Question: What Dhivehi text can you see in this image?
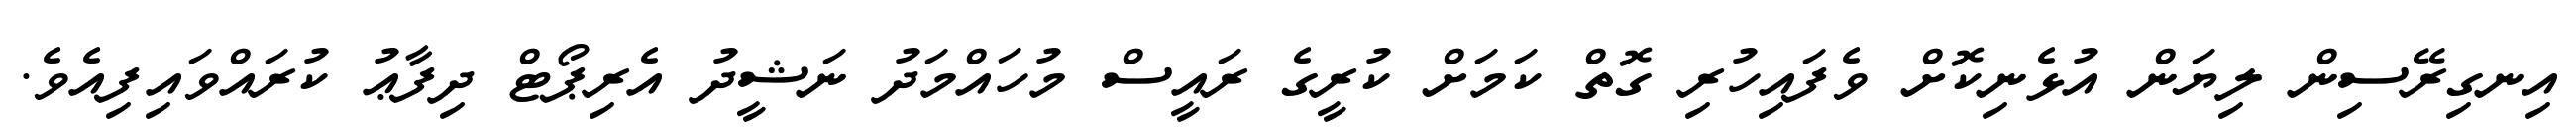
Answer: އިނގިރޭސިން ލިޔަން އުޅެނިކޮށް ވެފައިހުރި ގޮތް ކަމަށް ކުރީގެ ރައީސް މުހައްމަދު ނަޝީދު އެރިޕޯޓް ދިފާޢު ކުރައްވައިފިއެވެ.